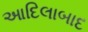
આદિલાબાદ